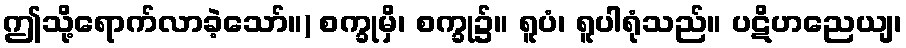
ဤသို့ရောက်လာခဲ့သော်။) စက္ခုမှိ၊ စက္ခု၌။ ရူပံ၊ ရူပါရုံသည်။ ပဋိဟညေယျ၊